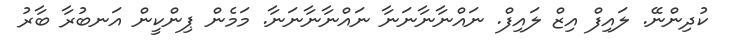
ކުދިންނޭ. ލައިފް އިޒް ލައިފް. ނައްނާނާނަނާ ނައްނާނާނަނާ. މަމެން ޕިންކީން އަނބުރާ ބާރު